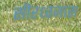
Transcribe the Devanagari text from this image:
सीरध्वजास